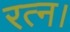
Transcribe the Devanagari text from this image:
रत्न।